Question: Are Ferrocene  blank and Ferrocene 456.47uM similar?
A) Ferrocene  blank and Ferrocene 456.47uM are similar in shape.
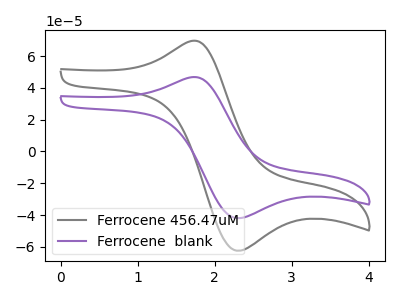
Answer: <think>The gray curve "Ferrocene 456.47uM" has an anodic peak at (1.70V, 69.45uA) and a cathodic peak at (2.30V, -62.40uA). The purple curve "Ferrocene  blank" has an anodic peak at (1.70V, 46.65uA) and a cathodic peak at (2.30V, -41.95uA).
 All the peaks in "Ferrocene  blank" have a peak in "Ferrocene 456.47uM" at the same potential. Every peak in "Ferrocene  blank" is lower than every peak in "Ferrocene 456.47uM".</think>
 <answer>A) "Ferrocene  blank" and "Ferrocene 456.47uM" are similar in shape.</answer>
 <eval>A</eval>